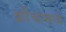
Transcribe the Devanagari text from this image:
क्रौंचामध्ये